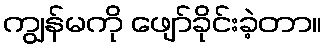
ကျွန်မကို ဖျော်ခိုင်းခဲ့တာ။